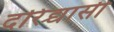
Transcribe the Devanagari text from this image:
दरिद्र्यासी